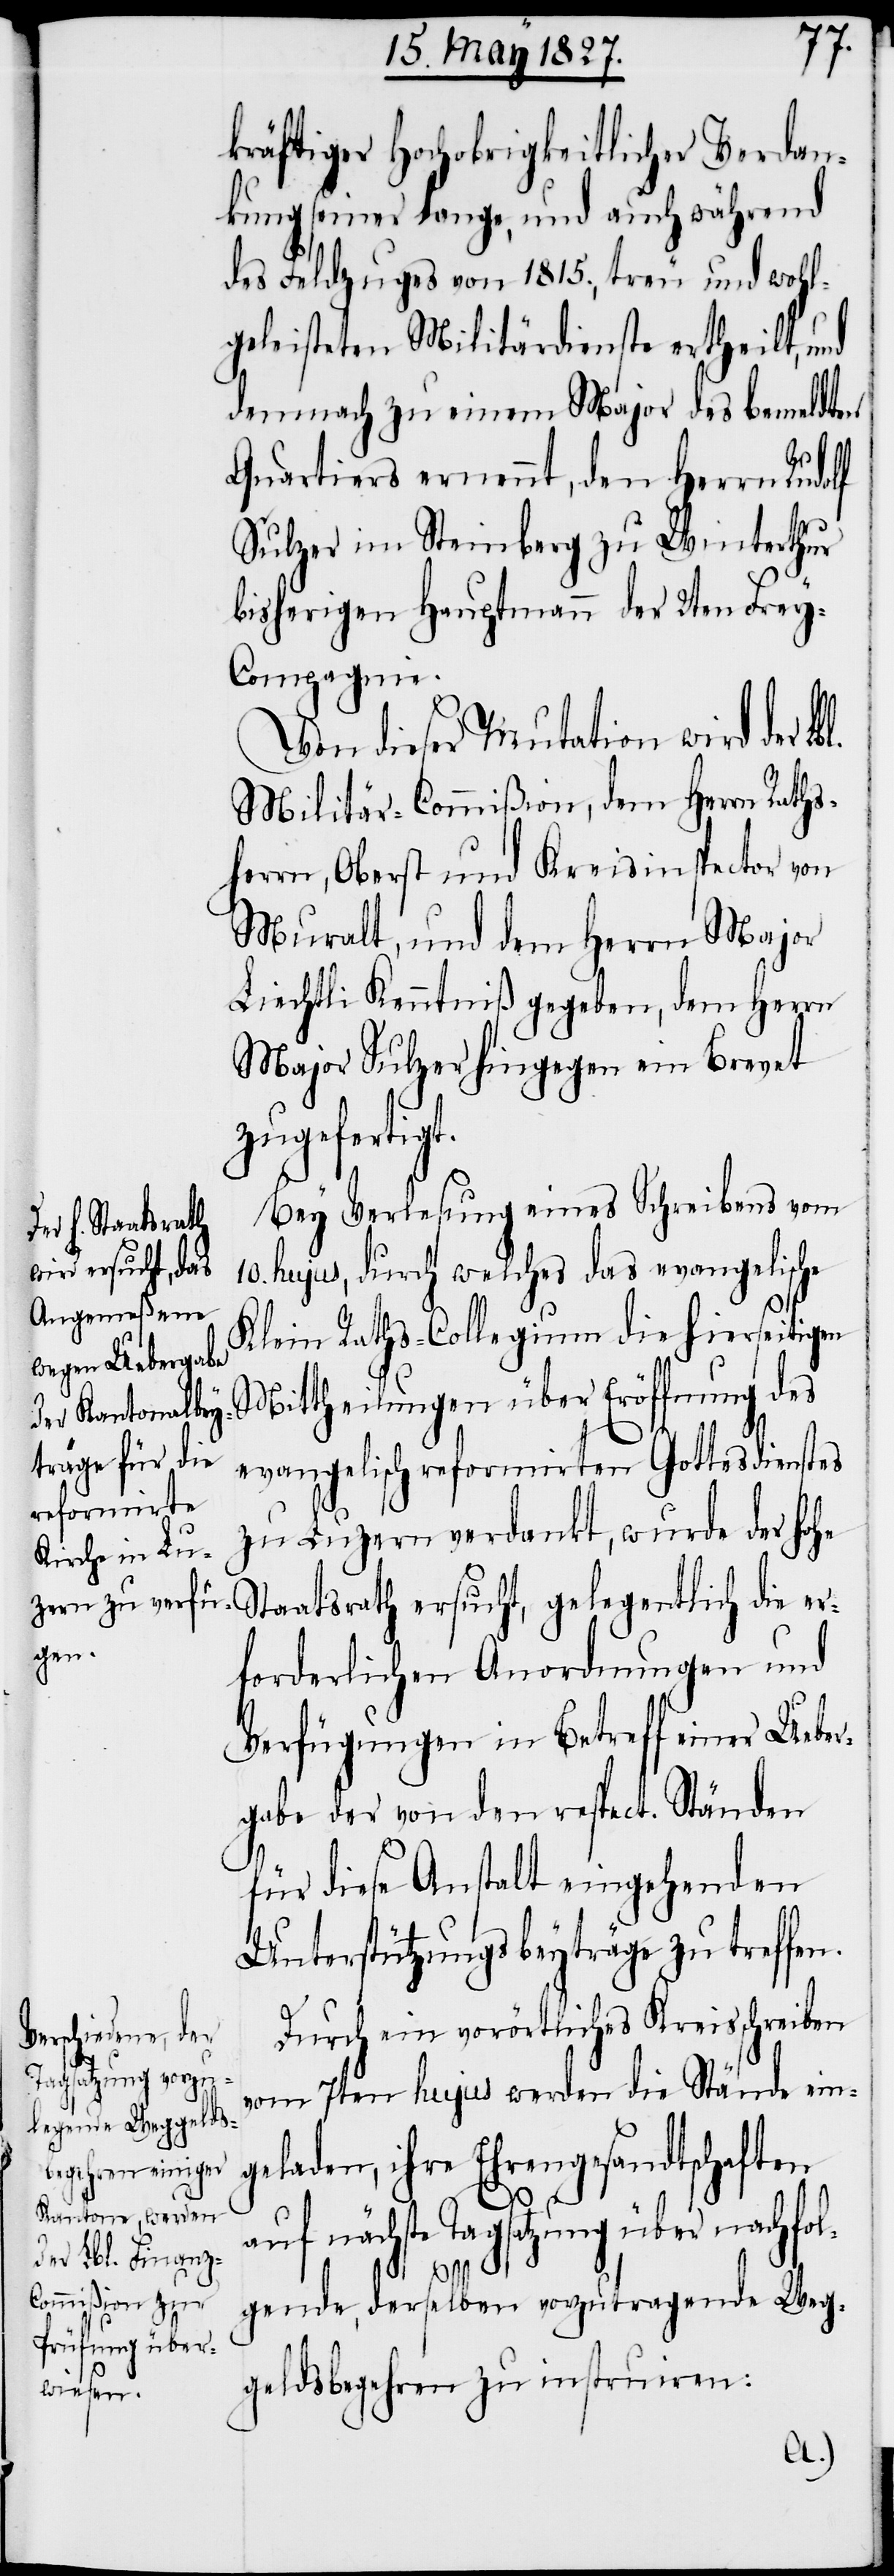
kräftiger Hochobrigkeitlicher Verdan¬
kung seiner lange, und auch während
des Feldzuges von 1815., treu und wohl¬
geleisteten Militärdienste ertheilt, und
demnach zu einem Major des bemeldten
Quartiers ernennt, den Herrn Rudolf
Sulzer im Steinberg zu Winterthur
bisherigen Hauptmann der 2ten Fre¬
y-Compagnie.
Von dieser Mutation wird der
Militär-Commißion, dem Herrn Raths¬
herrn, Oberst und Kreisinspector von
Muralt, und dem Herrn Major
Liechtli Kenntniß gegeben, dem Herrn
Major Sulzer hingegen ein Brevet
zugefertigt.
Bey Verlesung eines Schreibens vom
10. hujus, durch welches das evangelische
Klein Raths-Collegium die hierseitigen
Mittheilungen über Eröffnung des
evangelisch-reformirten Gottesdienstes
zu Luzern verdankt, wurde der Hohe
Staatsrath ersucht, gelegentlich die er¬
forderlichen Anordnungen und
Verfügungen in Betreff einer Ueber¬
gabe der von den respect. Ständen
für diese Anstalt eingehenden
Unterstützungsbeyträgen zu treffen.
Durch ein vorörtliches Kreisschreiben
vom 7ten hujus werden die Stände ein¬
geladen, ihre Ehrengesandtschaften
auf nächste Tagsatzung über nachfol¬
gende, derselben vorzutragende Weg¬
geldsbegehren zu instruiren: